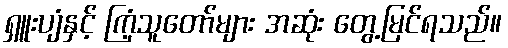
ရှူးပျံနှင့် ကြံ့သူတော်များ အဆုံး တွေ့မြင်ရသည်။